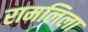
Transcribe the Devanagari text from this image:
रामलिला